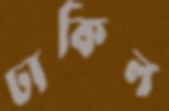
ঢাকিল